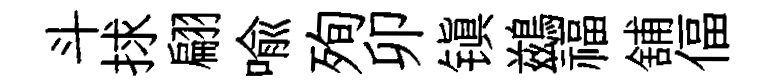
斗捄翩喩殉卯镇鷀福舖偪